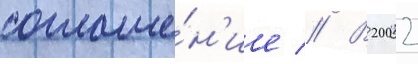
соглаше́н'ие // В 2002